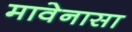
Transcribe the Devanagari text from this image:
मावेनासा